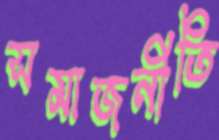
সমাজনীতি